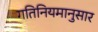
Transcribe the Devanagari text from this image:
गतिनियमानुसार